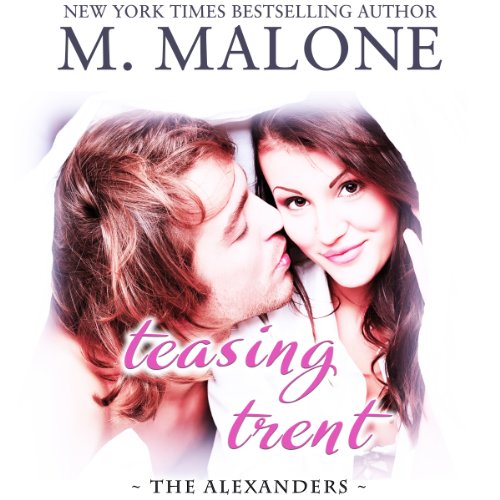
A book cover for Teasing Trent: The Alexanders, prequel; M. Malone; Romance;